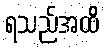
ရသည်အထိ